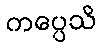
ကပ္ပေသိ